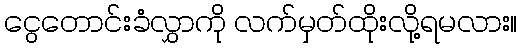
ငွေတောင်းခံလွှာကို လက်မှတ်ထိုးလို့ရမလား။